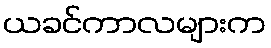
ယခင်ကာလများက